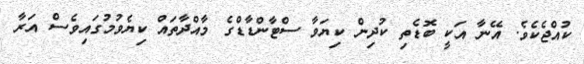
ކުއްޖެކެެވެ. އޭނާ އަކީ ބޮޑެތި ކުދިން ކިޔަވާ ސްޓާންޑާޑްގެ މާއްދާތައް ކިޔެވުމުގައިވެސް އަރާ